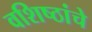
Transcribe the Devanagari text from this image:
वशिष्ठांचे